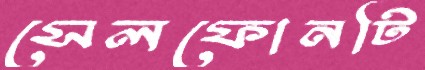
সেলফোনটি